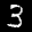
Label: 3